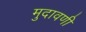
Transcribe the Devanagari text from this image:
मुदावणी